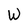
Character: W